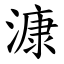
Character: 漮